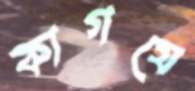
কাগযে